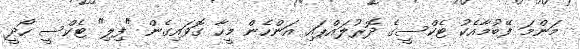
މަންމަ ފޭބުމާއެކު ޓެކްސީގެ ދޮރުލައްޕައި އަންހެން މީހާ ގޮވައިގެން "ފިލި" ޓެކްސީ ހޯދީ